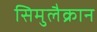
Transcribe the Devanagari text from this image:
सिमुलैक्रान